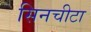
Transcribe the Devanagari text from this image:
सिनचीटा